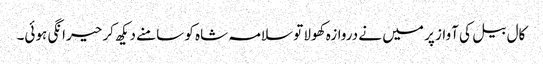
کال بیل کی آواز پر میں نے دروازہ کھولا تو سلامہ شاہ کو سامنے دیکھ کر حیرانگی ہوئی۔